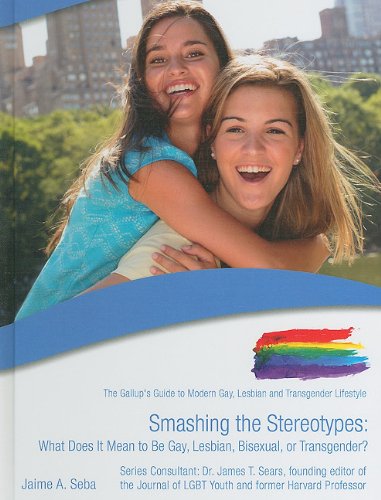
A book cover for Smashing the Stereotypes: What Does It Mean to Be Gay, Lesbian, Bisexual, or Transgender? (Gallup's Guide to Modern Gay, Lesbian and Transgender Lifestyle); Jaime A. Seba; Teen & Young Adult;